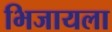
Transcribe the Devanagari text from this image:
भिजायला